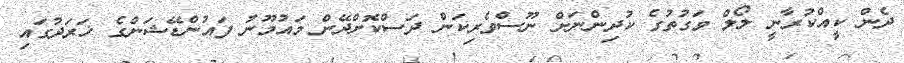
ދެން ކީއްކުރާނީ ލޯލް ވަގުތުގެ ކުދިންނަށް ނޫސްވެރިކަން ދަސްކޮށްދޭން މައުމޫނު ފައުންޑޭޝަންގެ ޚަރަދުގައި